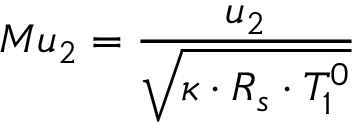
M u _ { 2 } = \frac { u _ { 2 } } { \sqrt { \kappa \cdot R _ { s } \cdot T _ { 1 } ^ { 0 } } }